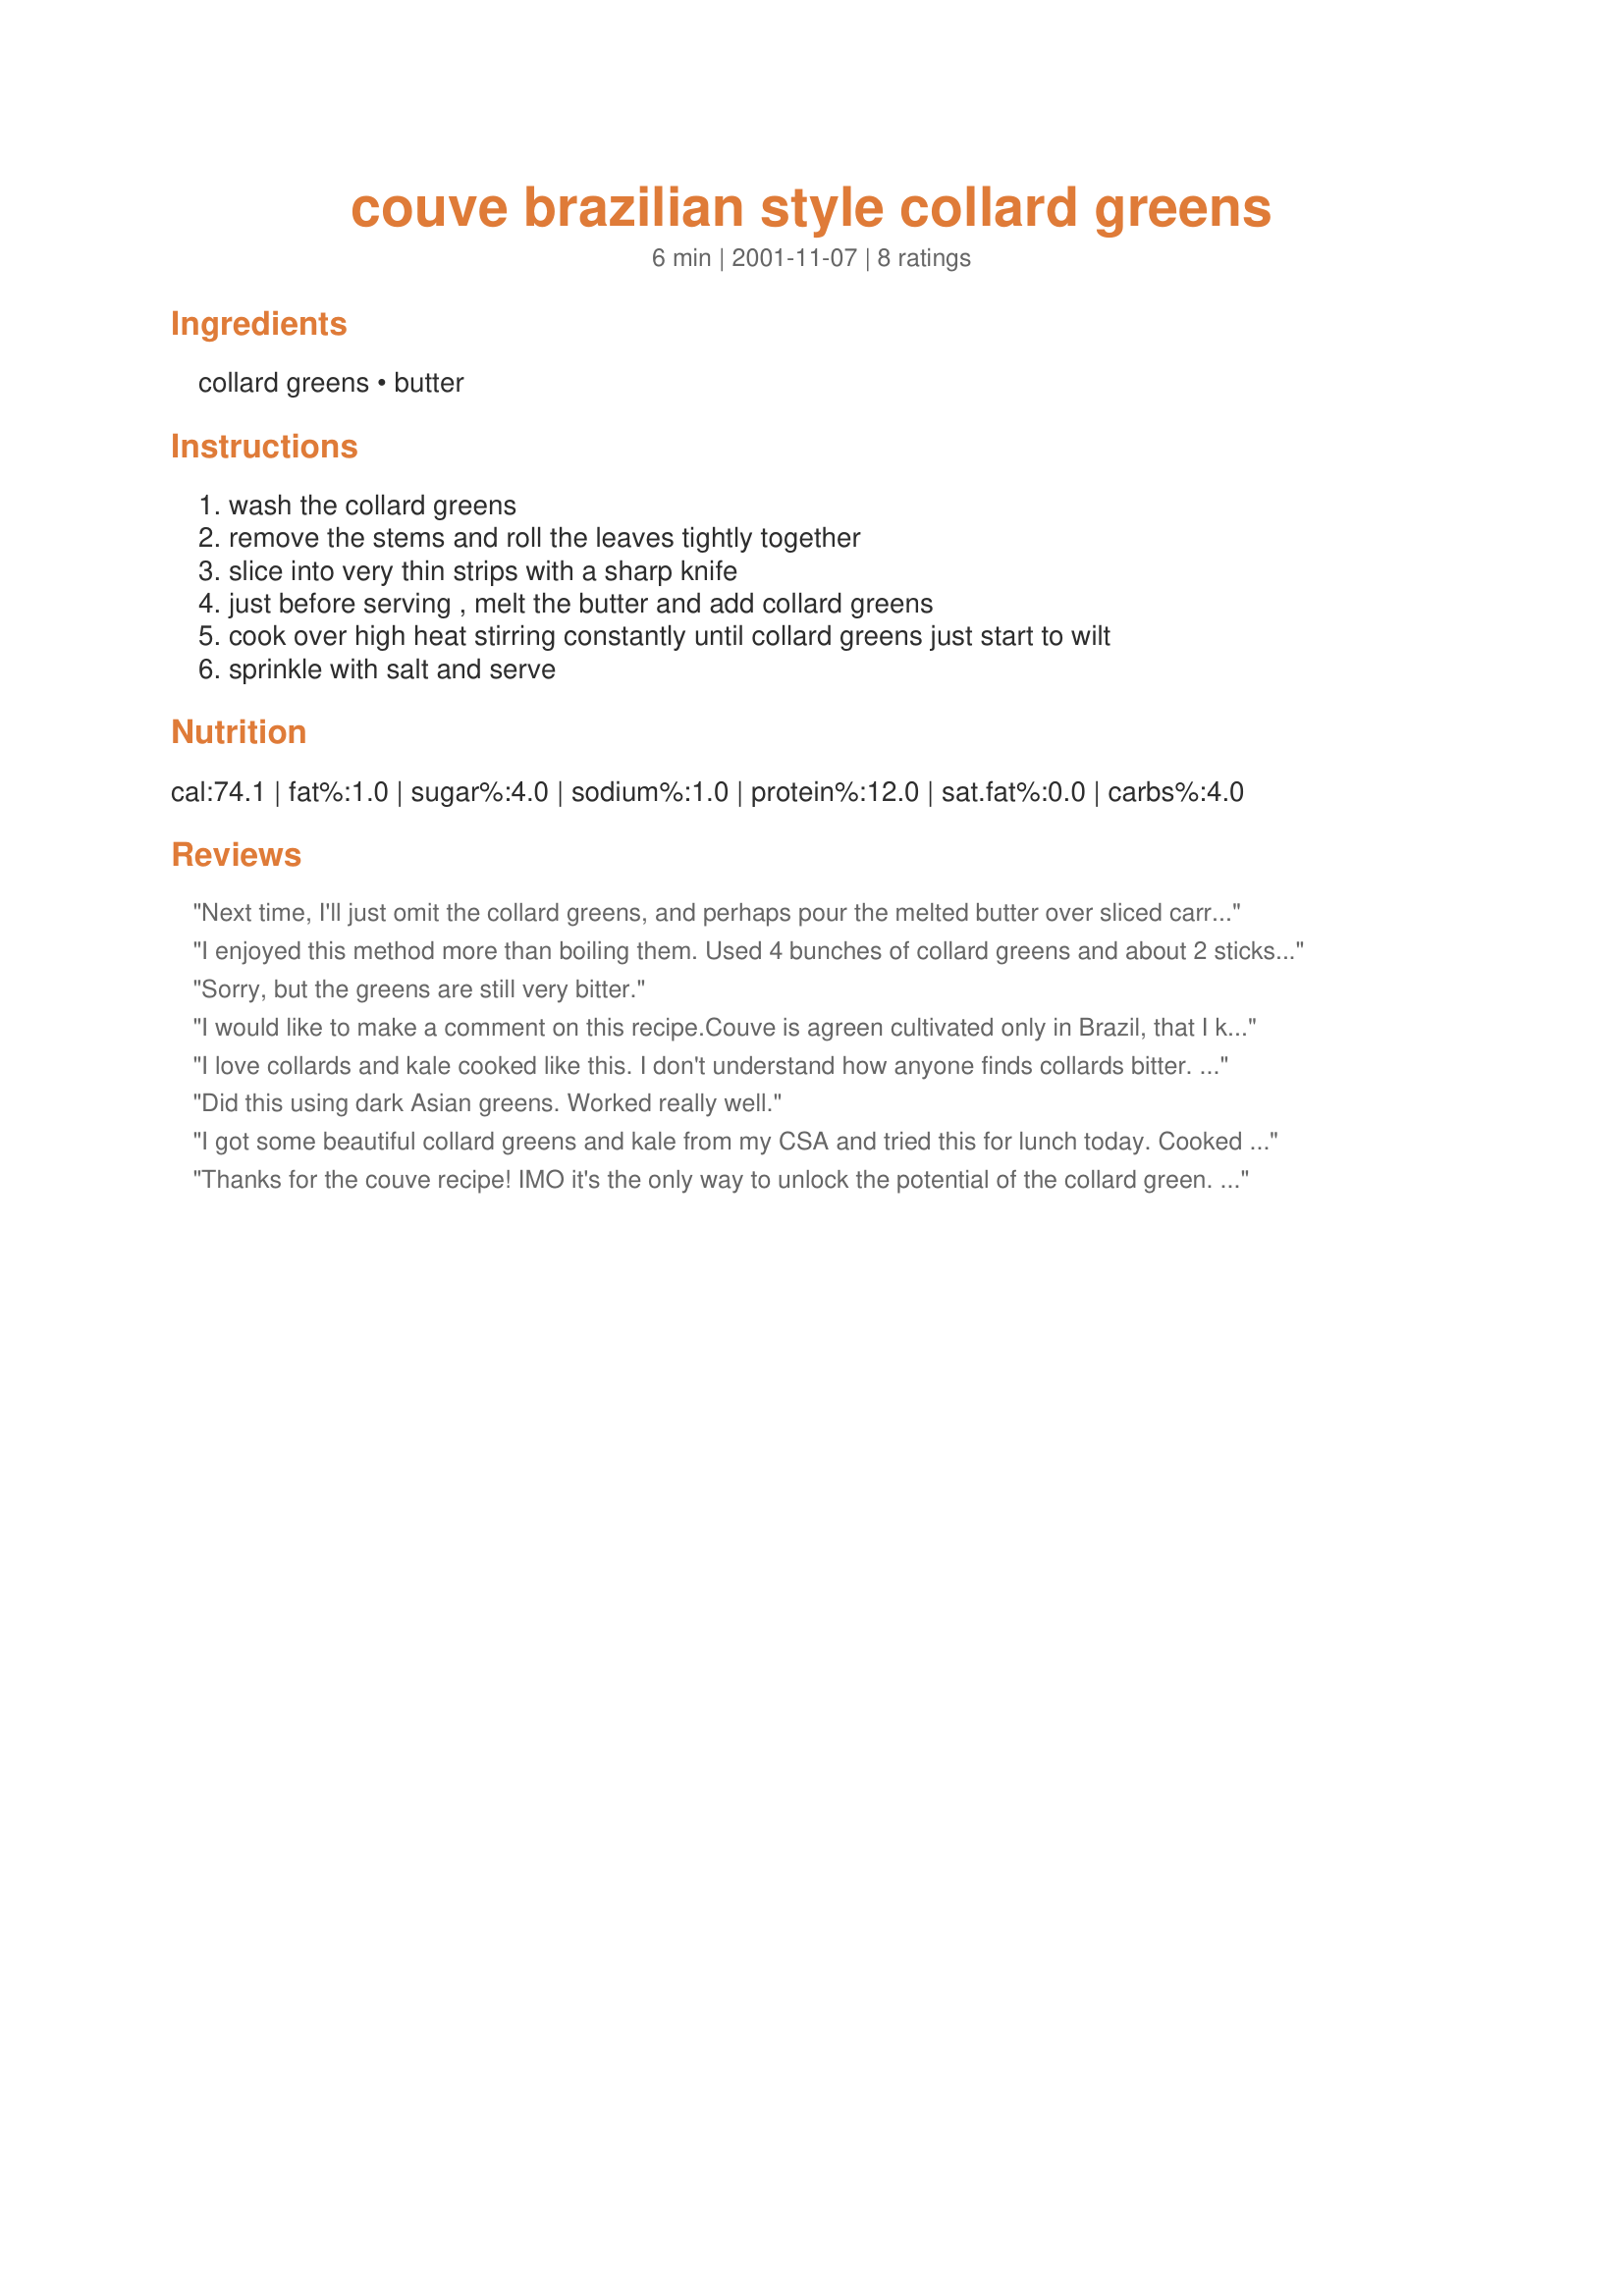
couve brazilian style collard greens
Preparation time: 6 minutes

Ingredients:
collard greens, butter

Steps:
wash the collard greens, remove the stems and roll the leaves tightly together, slice into very thin strips with a sharp knife, just before serving , melt the butter and add collard greens, cook over high heat stirring constantly until collard greens just start to wilt, sprinkle with salt and serve

Reviews:
Next time, I'll just omit the collard greens, and perhaps pour the melted butter over sliced carrots instead. File the recipe under "O" for "Okra".
I enjoyed this method more than boiling them. Used 4 bunches of collard greens and about 2 sticks of butter. Turned the collard greens with tongs in a stock pot until they were cooked through. Still found them to be bitter so I covered the pot and turned the fire down to low for 20 minutes, turning once or twice. Salted and ate them with grilled pork chops and Mean Chef's perfect rice. Thank you LikeitLoveit!
Sorry, but the greens are still very bitter.
I would like to make a comment on this recipe.Couve is agreen cultivated only in Brazil, that I know of and can not be substituted by any other green no matter what anyone say. Couve is very mild in taste and not bitter at all as was said by one of the reviewers. You can even have it in salad without cooking.

I love collards and kale cooked like this. I don't understand how anyone finds collards bitter. They are delicious! I usully use olive oil and chopped garlic.
Did this using dark Asian greens. Worked really well.
I got some beautiful collard greens and kale from my CSA and tried this for lunch today. Cooked them until just wilted, onto a plate, added a little parmesan and toasted pine nuts - delicious!
Thanks for the couve recipe! IMO it's the only way to unlock the potential of the collard green. This recipe should be a news flash to those people who think it takes hours of smelly turmoil to cook the collard green.
Lots of modifying can be done to suit health/guest requirements. I use olive oil for my own collards, and if guests or picky g/f's are eating, I always add a little lime or lemon juice, and sometimes a little sweet rice wine vinegar (mas, nao para brasileiros), particularly I get a batch of astringent tasting collards.
